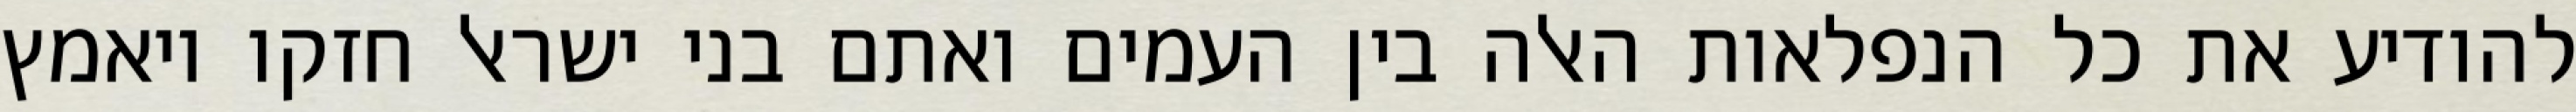
להודיע את כל הנפלאות האלה בין העמים ואתם בני ישראל חזקו ויאמץ